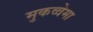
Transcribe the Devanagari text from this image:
मुकव्वेमा